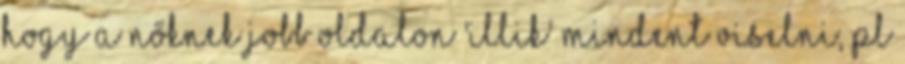
hogy a nőknek jobb oldalon 'illik' mindent viselni, pl